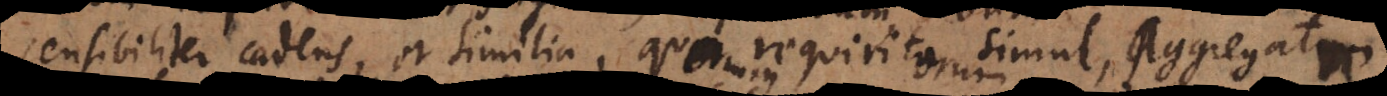
sensibiliter cadens, et similia, quorum requisitorum simul, aggregatum